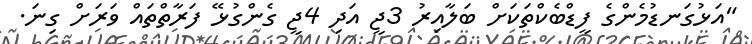
"އަޅުގަނޑުމެންގެ ފީޑްބެކްތަކަށް ބަލާއިރު 3ޖީ އަދި 4ޖީ ގެންގުޅޭ ފަރާތްތައް ވަރަށް ގިނަ.